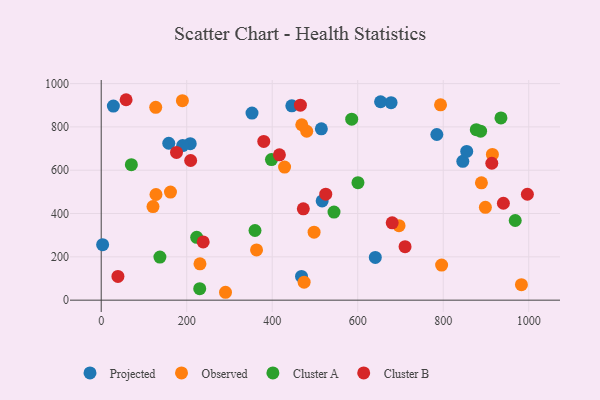
{"axis": {"x": "Investment", "y": "Fuel Efficiency"}, "legend": ["Cluster A", "Cluster B", "Observed", "Projected"], "data": [{"x": "28.4", "y": 896.0, "type": "Projected"}, {"x": "845.8", "y": 641.2, "type": "Projected"}, {"x": "854.9", "y": 686.9, "type": "Projected"}, {"x": "208.2", "y": 722.4, "type": "Projected"}, {"x": "190.5", "y": 713.9, "type": "Projected"}, {"x": "352.7", "y": 863.8, "type": "Projected"}, {"x": "445.8", "y": 897.4, "type": "Projected"}, {"x": "678.0", "y": 911.8, "type": "Projected"}, {"x": "653.4", "y": 916.1, "type": "Projected"}, {"x": "468.5", "y": 109.6, "type": "Projected"}, {"x": "516.8", "y": 458.0, "type": "Projected"}, {"x": "514.9", "y": 791.0, "type": "Projected"}, {"x": "785.0", "y": 764.9, "type": "Projected"}, {"x": "641.1", "y": 197.2, "type": "Projected"}, {"x": "3.3", "y": 256.4, "type": "Projected"}, {"x": "158.0", "y": 724.5, "type": "Projected"}, {"x": "696.6", "y": 343.9, "type": "Observed"}, {"x": "982.9", "y": 71.7, "type": "Observed"}, {"x": "162.0", "y": 499.1, "type": "Observed"}, {"x": "497.9", "y": 313.7, "type": "Observed"}, {"x": "480.7", "y": 779.9, "type": "Observed"}, {"x": "428.9", "y": 614.3, "type": "Observed"}, {"x": "231.0", "y": 167.8, "type": "Observed"}, {"x": "796.2", "y": 162.2, "type": "Observed"}, {"x": "889.3", "y": 541.9, "type": "Observed"}, {"x": "363.3", "y": 232.0, "type": "Observed"}, {"x": "898.6", "y": 428.7, "type": "Observed"}, {"x": "189.9", "y": 921.0, "type": "Observed"}, {"x": "469.1", "y": 809.9, "type": "Observed"}, {"x": "915.0", "y": 673.0, "type": "Observed"}, {"x": "290.7", "y": 36.4, "type": "Observed"}, {"x": "474.6", "y": 83.1, "type": "Observed"}, {"x": "121.1", "y": 432.3, "type": "Observed"}, {"x": "128.1", "y": 487.9, "type": "Observed"}, {"x": "793.7", "y": 902.1, "type": "Observed"}, {"x": "127.5", "y": 890.4, "type": "Observed"}, {"x": "230.4", "y": 53.0, "type": "Cluster A"}, {"x": "359.7", "y": 321.7, "type": "Cluster A"}, {"x": "968.4", "y": 367.8, "type": "Cluster A"}, {"x": "70.5", "y": 625.5, "type": "Cluster A"}, {"x": "877.3", "y": 787.4, "type": "Cluster A"}, {"x": "544.5", "y": 406.8, "type": "Cluster A"}, {"x": "600.5", "y": 542.4, "type": "Cluster A"}, {"x": "398.2", "y": 649.1, "type": "Cluster A"}, {"x": "585.9", "y": 835.7, "type": "Cluster A"}, {"x": "137.3", "y": 198.9, "type": "Cluster A"}, {"x": "223.3", "y": 290.3, "type": "Cluster A"}, {"x": "887.4", "y": 780.1, "type": "Cluster A"}, {"x": "935.0", "y": 841.3, "type": "Cluster A"}, {"x": "940.7", "y": 447.4, "type": "Cluster B"}, {"x": "472.7", "y": 421.7, "type": "Cluster B"}, {"x": "710.7", "y": 247.0, "type": "Cluster B"}, {"x": "39.1", "y": 109.4, "type": "Cluster B"}, {"x": "913.6", "y": 632.1, "type": "Cluster B"}, {"x": "238.5", "y": 269.0, "type": "Cluster B"}, {"x": "465.9", "y": 900.3, "type": "Cluster B"}, {"x": "209.2", "y": 644.8, "type": "Cluster B"}, {"x": "176.1", "y": 682.2, "type": "Cluster B"}, {"x": "58.2", "y": 925.5, "type": "Cluster B"}, {"x": "680.6", "y": 357.3, "type": "Cluster B"}, {"x": "380.2", "y": 732.8, "type": "Cluster B"}, {"x": "996.8", "y": 489.0, "type": "Cluster B"}, {"x": "416.8", "y": 670.9, "type": "Cluster B"}, {"x": "525.2", "y": 489.2, "type": "Cluster B"}]}